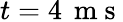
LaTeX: t=4\, \mathrm{~m~s~}